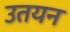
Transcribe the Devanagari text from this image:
उतयन